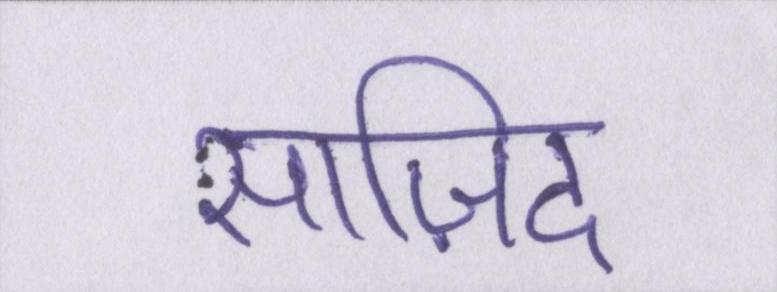
साज़िद